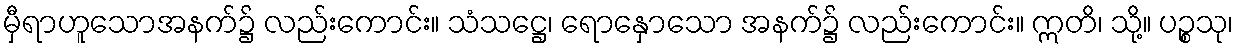
မှီရာဟူသောအနက်၌ လည်းကောင်း။ သံသဋ္ဌေ၊ ရောနှောသော အနက်၌ လည်းကောင်း။ ဣတိ၊ သို့။ ပဉ္စသု၊